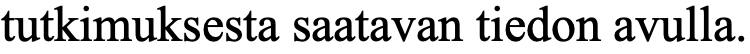
tutkimuksesta saatavan tiedon avulla.